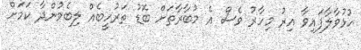
ހުޅުވާލާފައިވާ އިރު މިހާރު ވެސް އެ މުބާރާތަށް ބޮޑު ތަރުހީބެއް ލިބެމުންދާ ކަމަށް